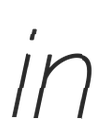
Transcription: in